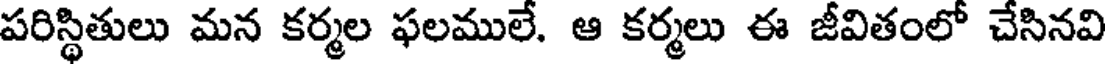
పరిస్థితులు మన కర్మల ఫలములే. ఆ కర్మలు ఈ జీవితంలో చేసినవి